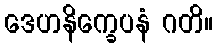
ဒေဟနိက္ခေပနံ ဂတိ။